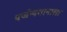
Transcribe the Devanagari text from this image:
पर्जन्यमानाला